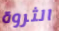
الثروة